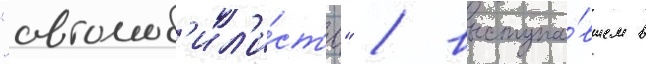
"автомоб'ил'и́ст'е" / выступа́вшем в